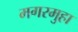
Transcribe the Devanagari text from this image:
मगरमुहा